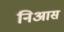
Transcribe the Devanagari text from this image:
निआस